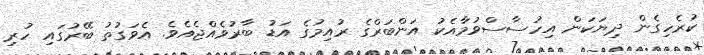
ކުރެހިގެން ދިޔަކަން އިހުސާސްވުމާއެކު އަންބަރްގެ ރުއިމުގެ އަޑު ބާރުވެއްޖެއެވެ. އެވަގުތު ބޭރުގައި ހުރި